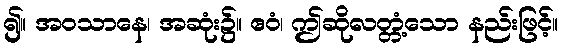
၍။ အဝသာနေ၊ အဆုံး၌။ ဧဝံ၊ ဤဆိုလတ္တံ့သော နည်းဖြင့်။